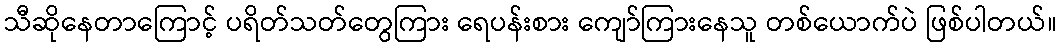
သီဆိုနေတာကြောင့် ပရိတ်သတ်တွေကြား ရေပန်းစား ကျော်ကြားနေသူ တစ်ယောက်ပဲ ဖြစ်ပါတယ်။